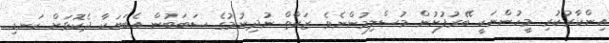
އިންކާރުކުރި މީހުންނަކީ ބޭރުފުށުން މުސްލިމުންނެވެ. ޒަކާތް ނުދިނުމުގެ ސަބަބުން އެބަޔަކާ ދެކޮޅަށް ކަނޑި